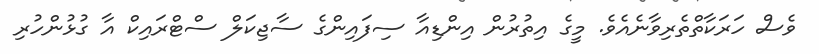
ވެސް ހަރަކާތްތެރިވާނެއެވެ. މީގެ އިތުރުން އިންޑިއާ ސިފައިންގެ ސާޖިކަލް ސްޓްރައިކް އާ ގުޅުންހުރި